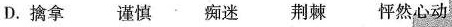
D.擒拿谨慎痴迷荆棘怦然心动